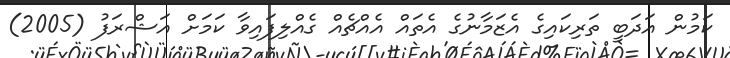
ކަމުން އަދަބީ ތަރިކައިގެ އެޒަމާނުގެ އެތައް އެއްޗެއް ގެއްލިފައިވާ ކަމަށް އަޝްރަފު (2005)